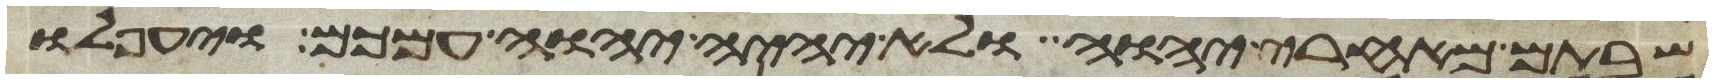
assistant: שבתם מאחרי יהוה ולא יהיה יהוה עמכם ויעפלו